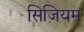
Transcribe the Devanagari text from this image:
सिज़ियम